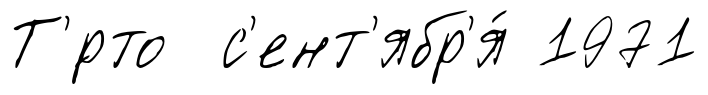
Т'́рто с'ент'ябр'я́ 1971